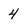
Character: 4